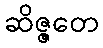
ဆိဇ္ဇတေ